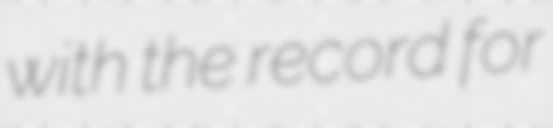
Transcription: with the record for